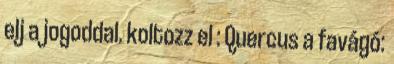
elj a jogoddal. koltozz el : Quercus a favágó: